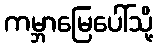
ကမ္ဘာမြေပေါ်သို့